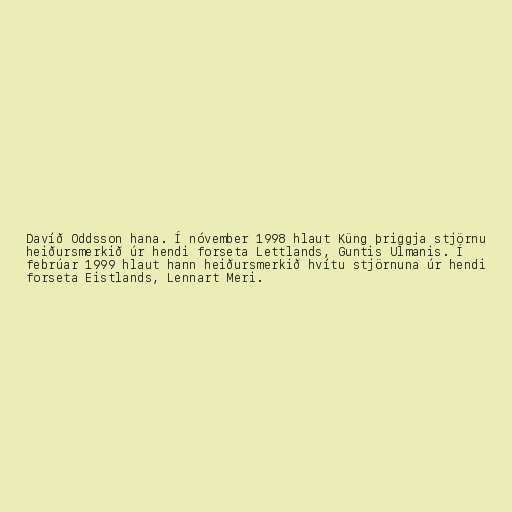
Davíð Oddsson hana. Í nóvember 1998 hlaut Küng þriggja stjörnu
heiðursmerkið úr hendi forseta Lettlands, Guntis Ulmanis. Í
febrúar 1999 hlaut hann heiðursmerkið hvítu stjörnuna úr hendi
forseta Eistlands, Lennart Meri.